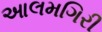
આલમગિરી